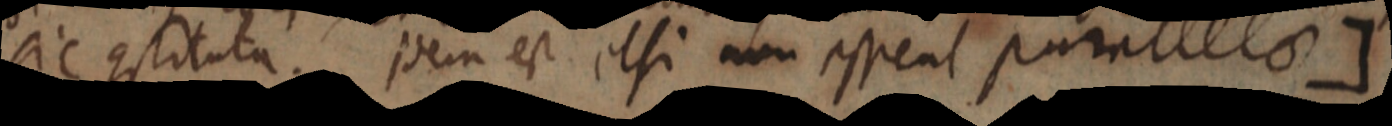
sic constituta. idem est et si non esseat parallelo]